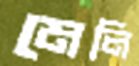
মেলি